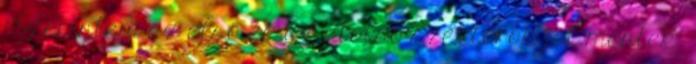
"Szerintem az első és az utolsó szektorok jól mentek,